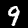
Digit: 9